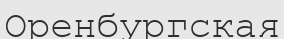
Оренбургская